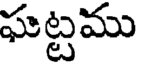
ఘట్టము